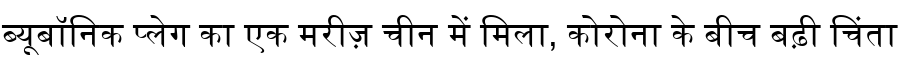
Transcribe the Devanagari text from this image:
ब्यूबॉनिक प्लेग का एक मरीज़ चीन में मिला, कोरोना के बीच बढ़ी चिंता